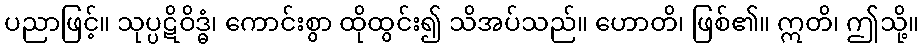
ပညာဖြင့်။ သုပ္ပဋိဝိဒ္ဓံ၊ ကောင်းစွာ ထိုထွင်း၍ သိအပ်သည်။ ဟောတိ၊ ဖြစ်၏။ ဣတိ၊ ဤသို့။